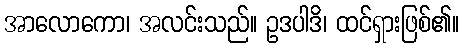
အာလောကော၊ အလင်းသည်။ ဥဒပါဒိ၊ ထင်ရှားဖြစ်၏။